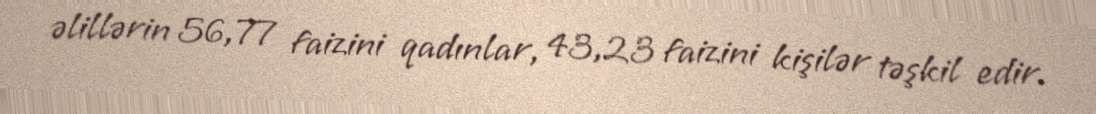
əlillərin 56,77 faizini qadınlar, 43,23 faizini kişilər təşkil edir.